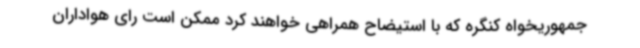
جمهوریخواه کنگره که با استیضاح همراهی خواهند کرد ممکن است رای هواداران